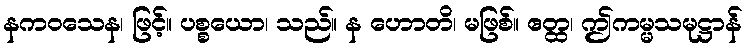
နကဝသေန၊ ဖြင့်။ ပစ္စယော၊ သည်။ န ဟောတိ၊ မဖြစ်။ ဧတ္ထ၊ ဤကမ္မသမုဋ္ဌာန်